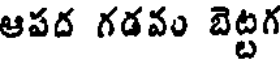
ఆపద గడవం బెట్టగ